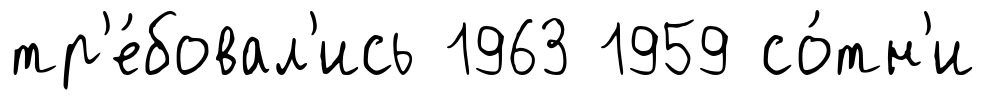
тр'е́бовал'ись 1963 1959 со́тн'и